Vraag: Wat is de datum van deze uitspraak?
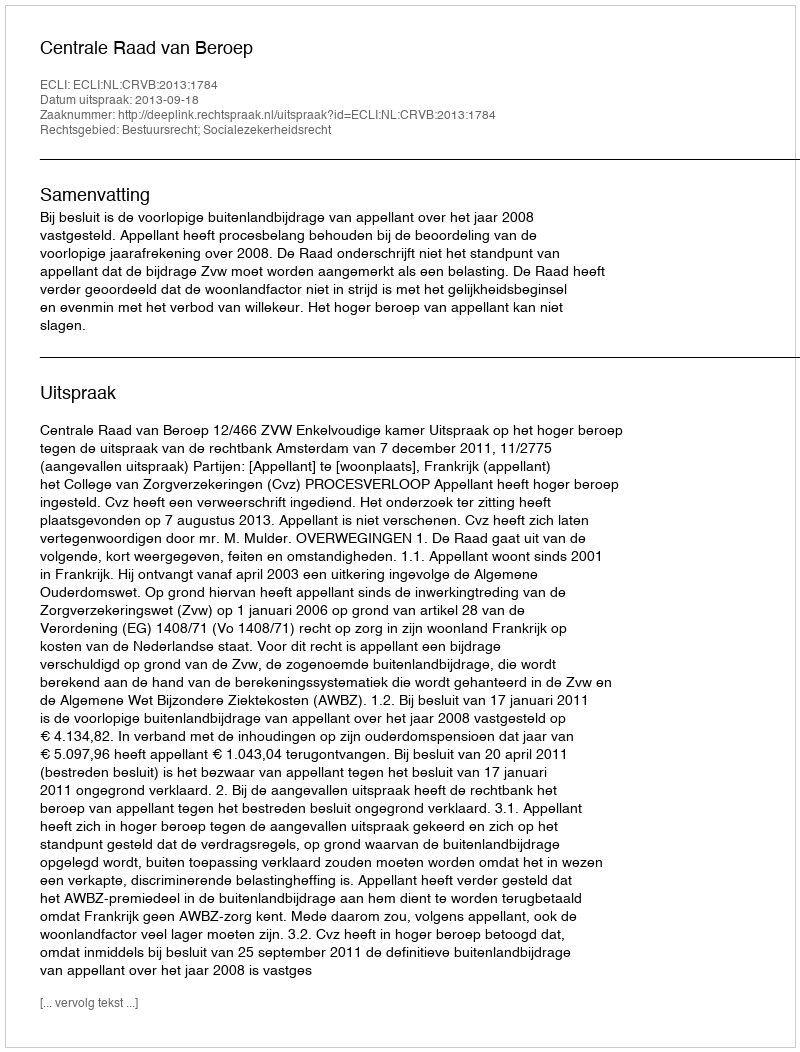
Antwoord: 2013-09-18